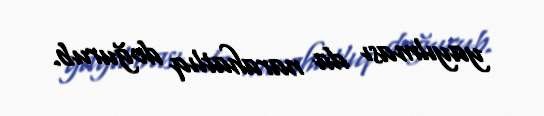
yayılması da narahatlıq doğurub.